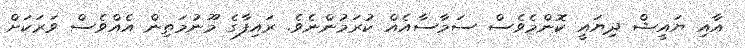
އާއި ޔައީޝް ދިޔައީ ކޮންމެވެސް ސަމާސާއެއް ކުރަމުންނެވެ. ރައިފާގެ މޫނުމަތިން އެއްވެސް ވަރަކަށް